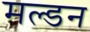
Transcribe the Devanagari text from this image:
मल्‍डन